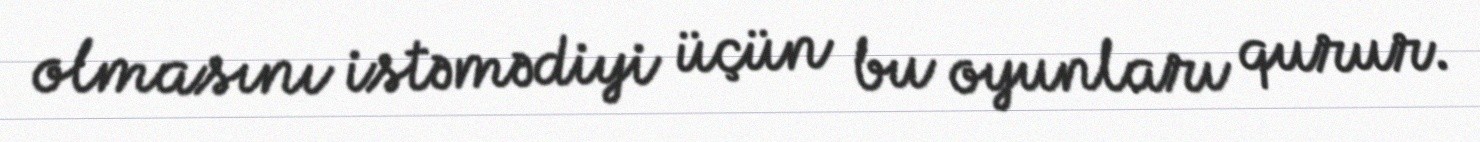
olmasını istəmədiyi üçün bu oyunları qurur.